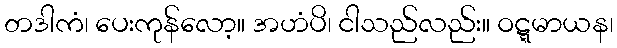
တဒါကံ၊ ပေးကုန်လော့။ အဟံပိ၊ ငါသည်လည်း။ ဝဋ္ဋမာယန၊